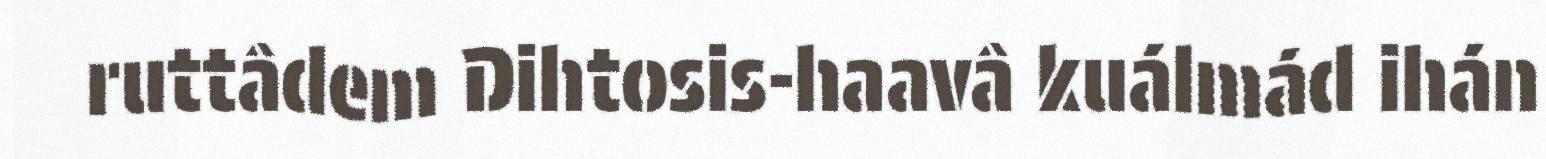
ruttâdem Dihtosis-haavâ kuálmád ihán